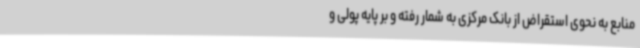
منابع به نحوی استقراض از بانک مرکزی به شمار رفته و بر پایه پولی و